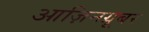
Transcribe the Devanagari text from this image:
आज़िनग्रूबर